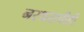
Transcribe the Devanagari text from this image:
नरथराचीही